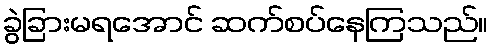
ခွဲခြားမရအောင် ဆက်စပ်နေကြသည်။